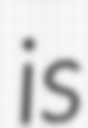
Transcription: is